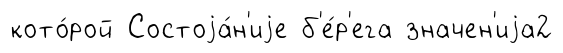
кото́рой Состоjа́н'иjе б'е́р'ега значен'иjа2